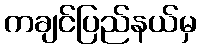
ကချင်ပြည်နယ်မှ